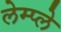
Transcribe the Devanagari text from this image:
लेम्प्ले